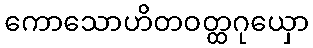
ကောသောဟိတဝတ္ထဂုယှော